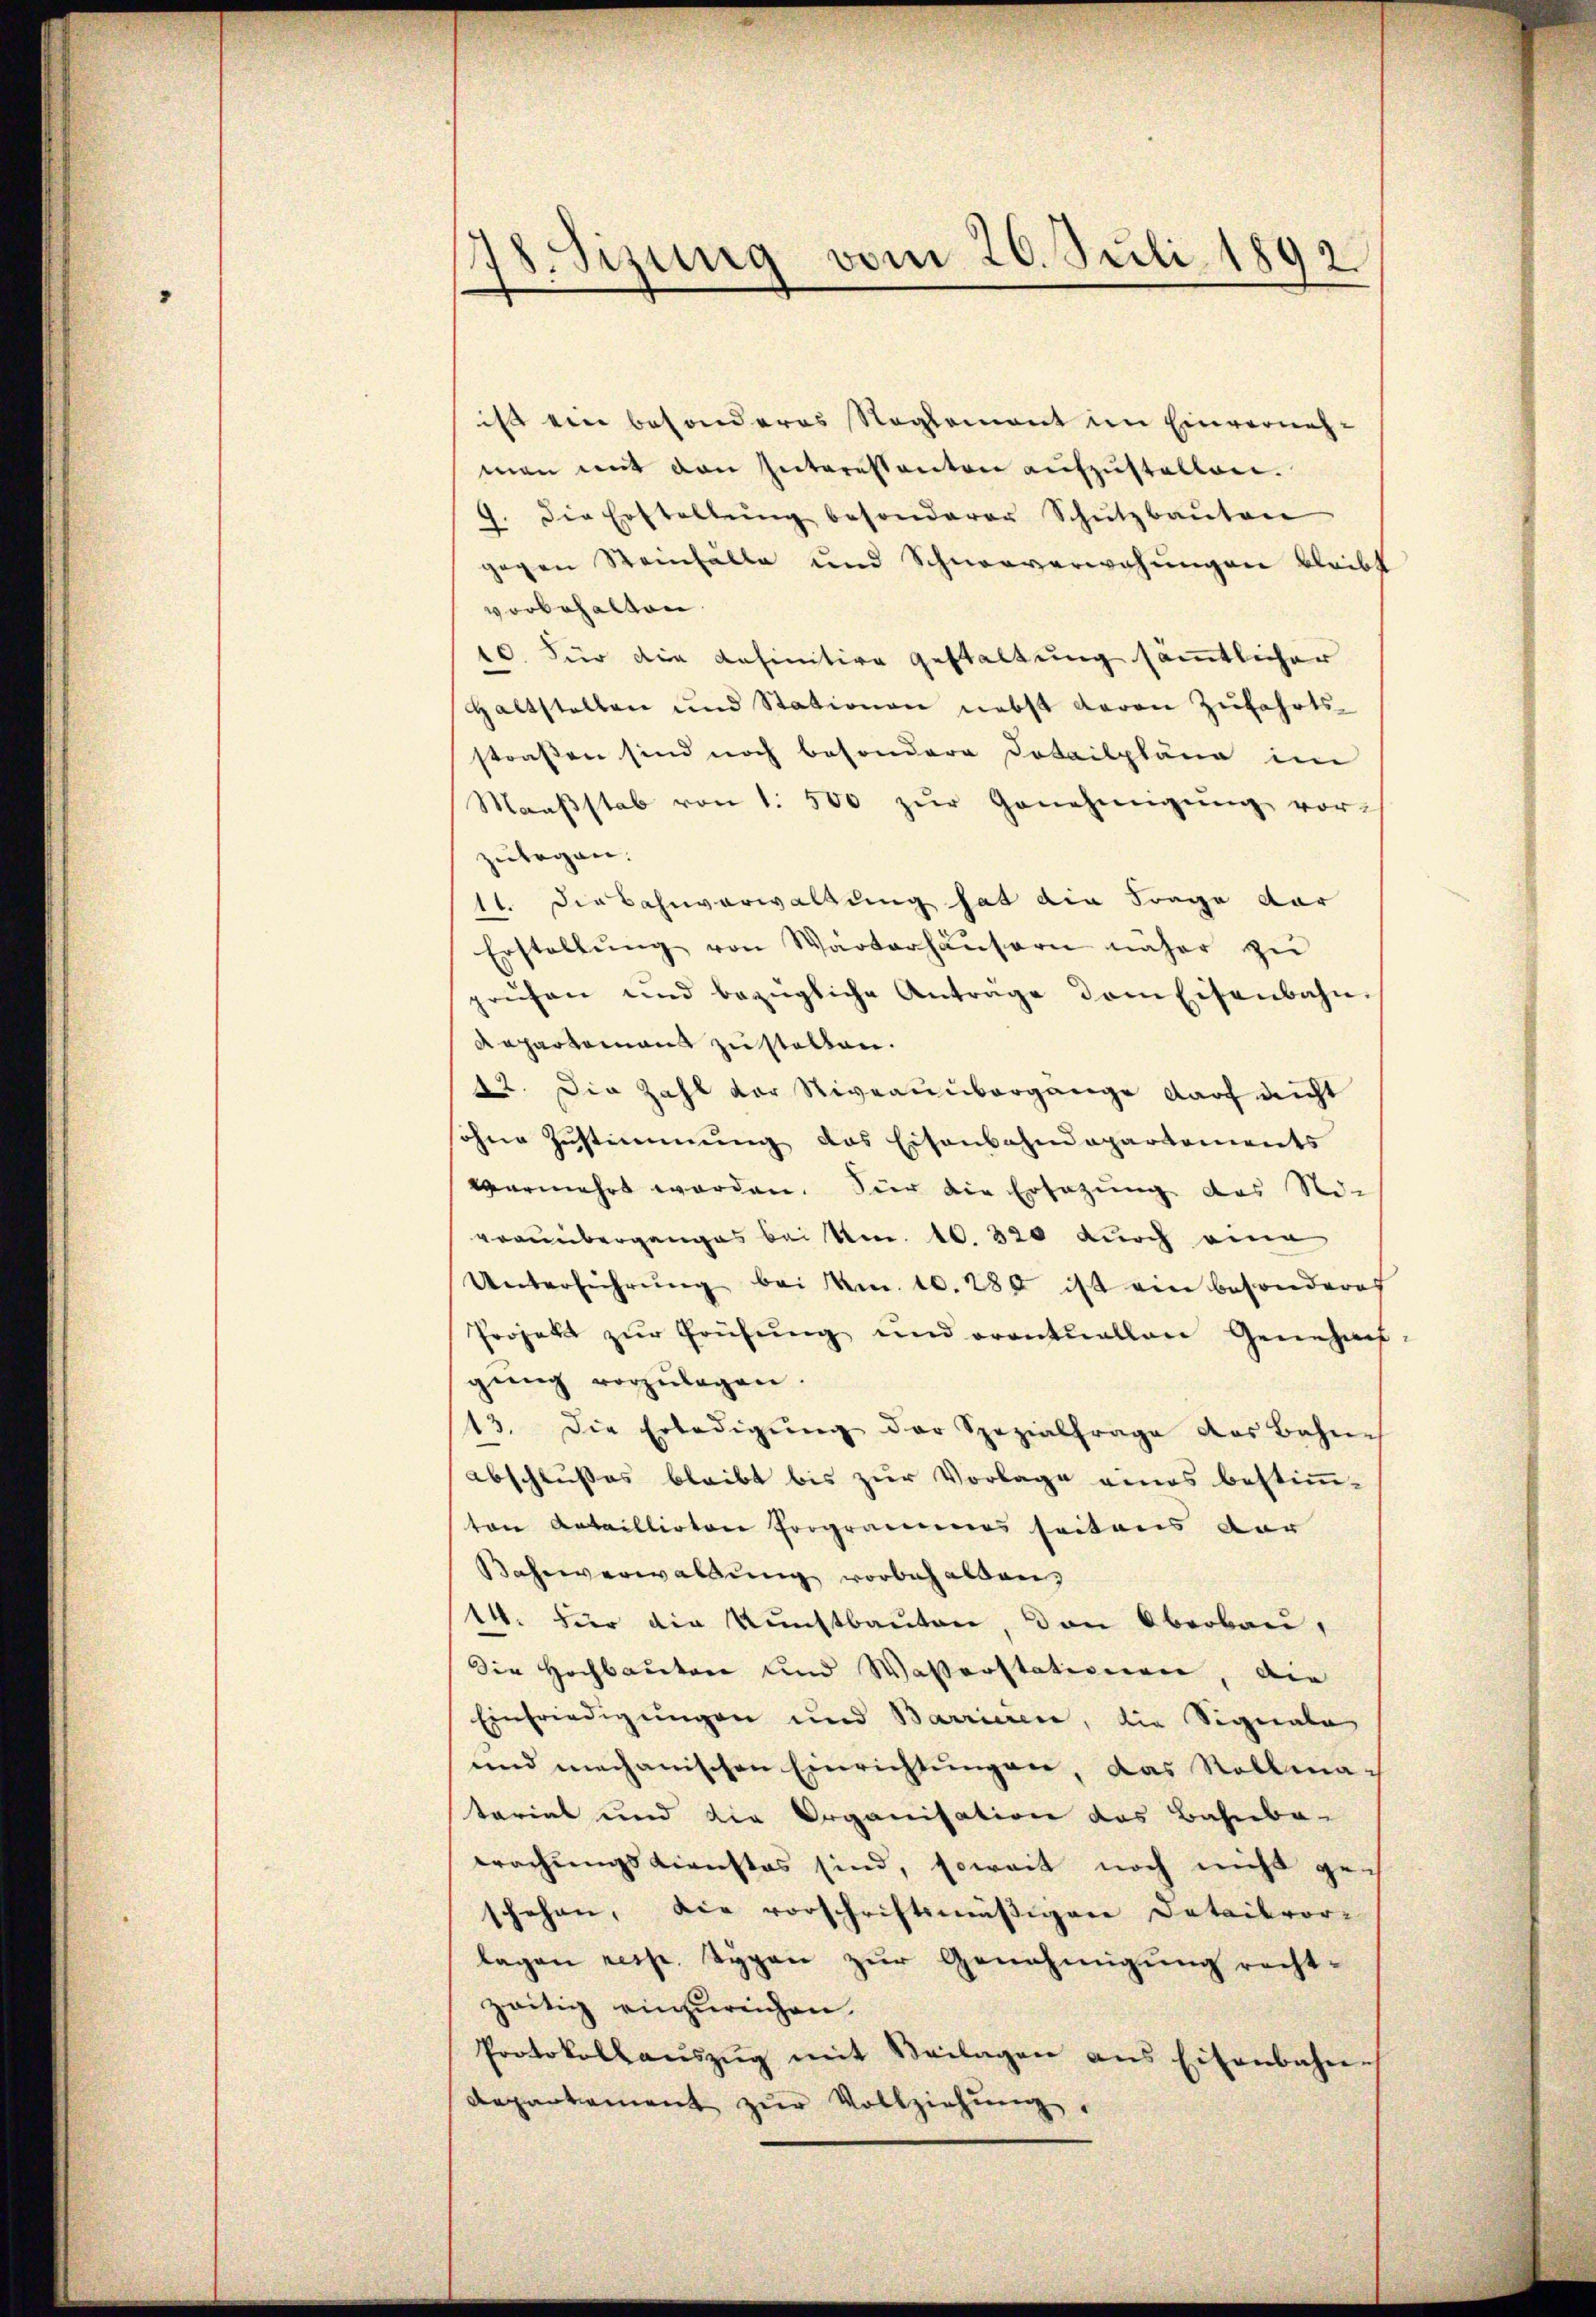
78. Sizung vom 20. Juli 1892

ist ein besonderes Reglement im Einvernehman mit den Interessanten aufzustellen.
9. die Erstellŭng besonderer Schŭtzbaŭten
gegen Steinfälle und Schneeverwehŭngen bleibt
vorbehalten.
40. Für die definitive gestaltung sämmtlicher
Haltstellen und Stationen nebst davon Zŭfahrts-
straßen sind noch besondere Detailpläne im
Maaβstab von 1. 500 zŭr Genehmigŭng vor-
zulegen.
11. Die Bahnverwaltung hat die Frage dar
Erstellŭng von Wartarhäŭsern näher zŭ
prüfen und bezügliche Antrage dem Eisenbahn-
Kapartamant zu stellen.
22. Die Zahl vor Niveaunbergange darf nicht
sohne Zustimmung das Eisenbahndepartements
vermehrt worden. Vier die Ersazung des Ni-
vrauüberganges bei Am. 10. 320 durch eine
Unterführŭng bei Am. 10. 285 ist ein besonderes
Projekt zŭr Frühŭng und eventuellen Genehm-
gŭng vorzŭlegen.
13. Die Erledigŭng der Spezialfrage das Bahne
abschlußes bleibt bis zur Vorlage eines bestimm-
ton Bataillioten Programmes seitens der
Bahnverwaldung vorbehalten,
14. Für die Kunstbauten, von Oberbau,
Die Hochbauten und Wasserstationen, die
Einfriedigungen und Barriciere, die Signale
und mechanischen Einrichtungen, das Rollma-
tariat und die Organisation des Bahnba-
brachungsdienstes sind, soweit noch nicht ge-
schehen, die vorschriftsmäßigen Detailvor-
lagen resp. Typen zur Genehmigung rechtzeitig einzureichen.
Protokollaŭszŭg mit Beilagen ans Eisenbahn.
departement zŭr Vollziehung.